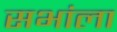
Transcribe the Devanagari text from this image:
सभांला